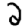
Digit: 2